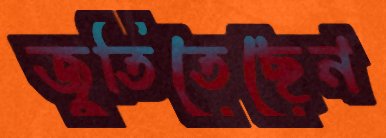
জুতিতেছেন